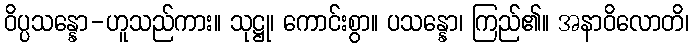
ဝိပ္ပသန္နော-ဟူသည်ကား။ သုဋ္ဌု၊ ကောင်းစွာ။ ပသန္နော၊ ကြည်၏။ အနာဝိလောတိ၊